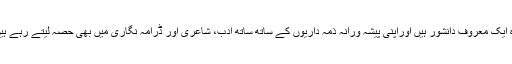
وہ ایک معروف دانشور ہیں اوراپنی پیشہ ورانہ ذمہ داریوں کے ساتھ ساتھ ادب، شاعری اور ڈرامہ نگاری میں بھی حصہ لیتے رہے ہیں۔